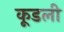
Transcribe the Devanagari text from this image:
कूडली